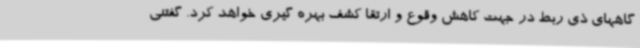
گاههای ذی ربط در جهت کاهش وقوع و ارتقا کشف بهره گیری خواهد کرد. گفتنی